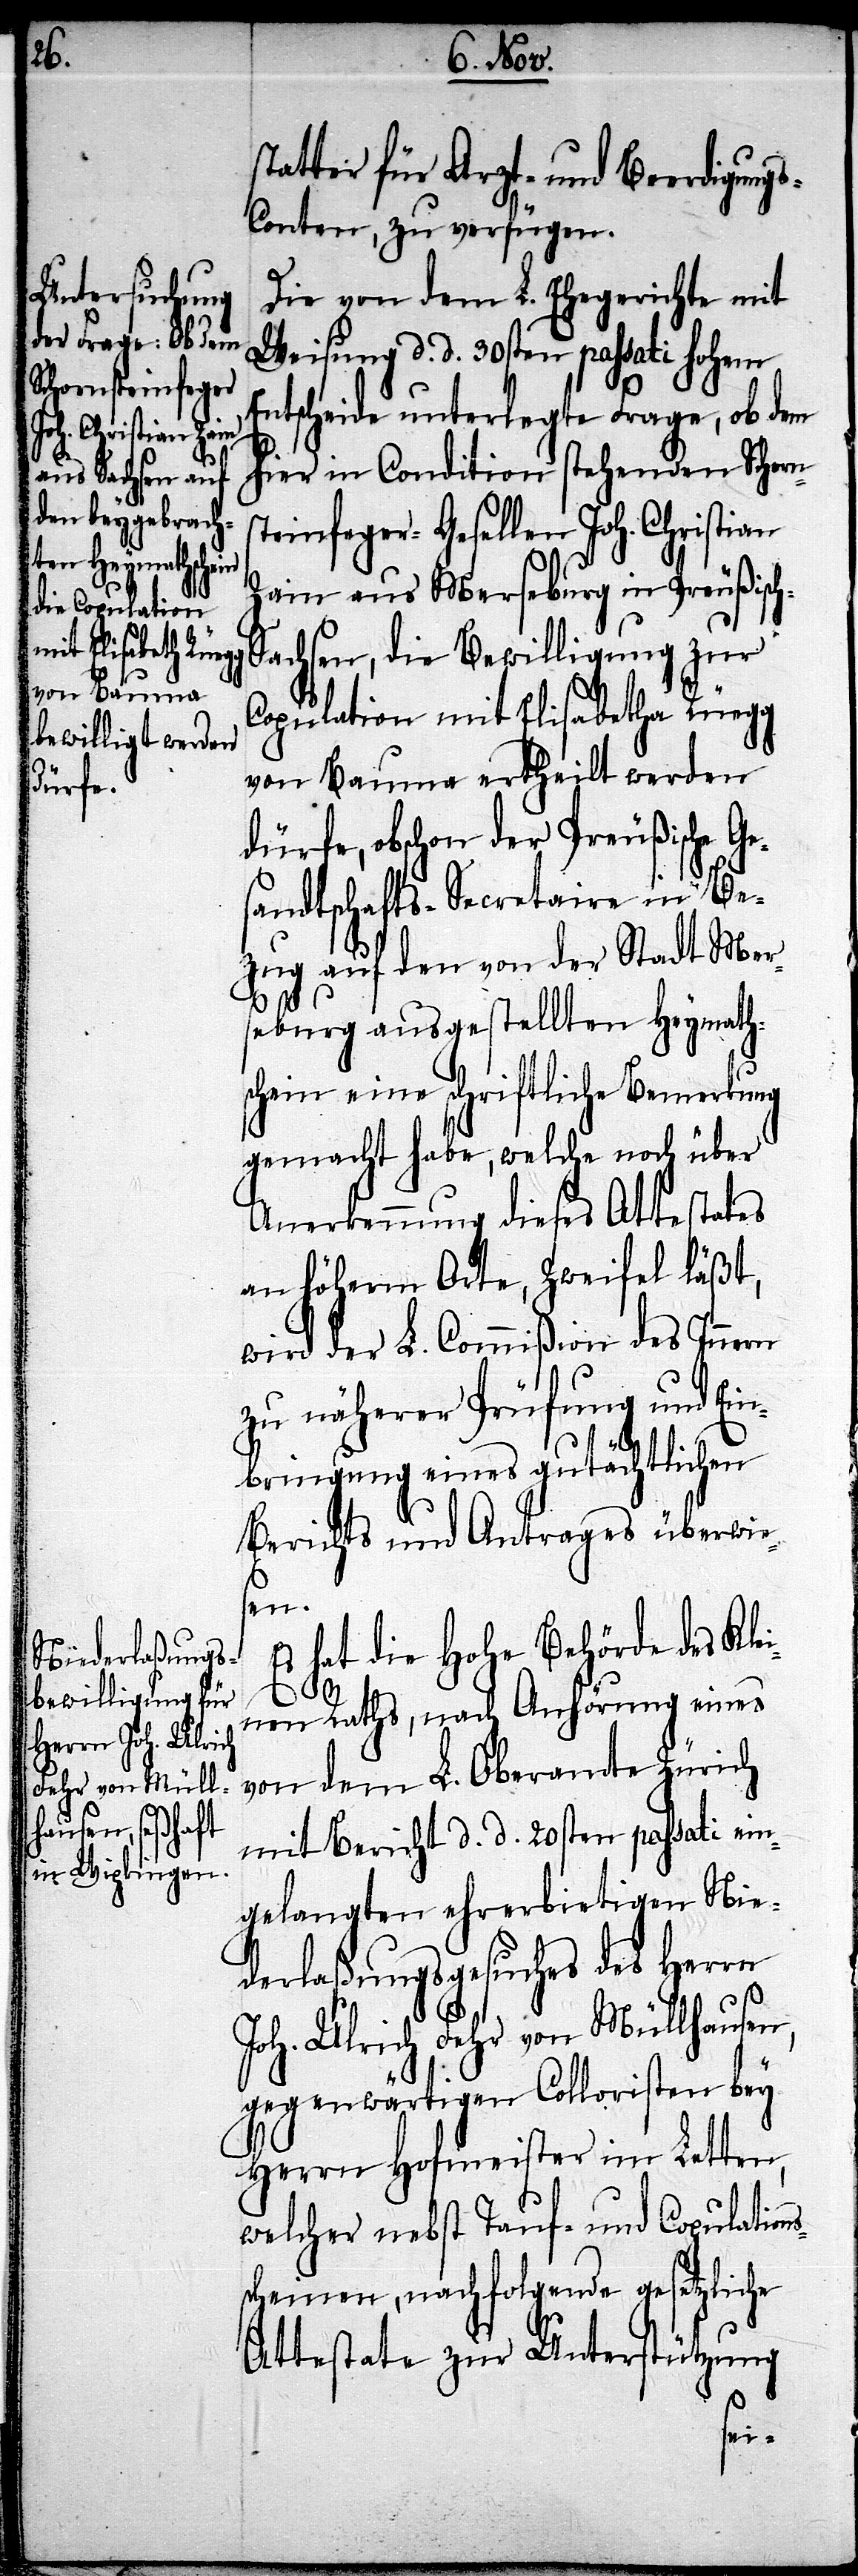
statter für Arzt- und Beerdigung¬
s-Conten, zu verfügen.
Die von dem L. Ehegerichte mit
Weisung d. d. 30sten passati Hohem
Entscheide unterlegte Frage, ob dem
hier in Condition stehenden Schorns¬
teinfeger-Gesellen Joh. Christian
Zain aus Merseburg in Preußisc¬
achsen, die Bewilligung zur
Copulation mit Elisabetha Rüegg
von Bauma ertheilt werden
dürfe, obschon der Preußische Ge¬
sandtschafts-Secretaire in Be¬
zug auf den von der Stadt Mer¬
seburg ausgestellten Heymath¬
schein eine schriftliche Bemerkung
gemacht habe, welche noch über
Anerkennung dieses Attestates
an Höherem Orte, Zweifel läßt,
wird der L. Commißion des Innern
zu näherer Prüfung und Ein¬
bringung eines gutächtlichen
Berichts und Antrages überwie¬
sen.
Es hat die Hohe Behörde des Klei¬
s¬
nen Raths, nach Anhörung eines
von dem L. Oberamte Zürich
mit Bericht d. d. 20sten passati ein¬
gelangten ehrerbietigen Nie¬
derlaßungsgesuches des Herrn
Joh. Ulrich Fehr von Müllhausen,
gegenwärtigen Colloristen bey
Herrn Hofmeister im Letten,
welcher nebst Tauf- und Copulation¬
scheinen, nachfolgende gesetzliche
Attestate zur Unterstützung
h-S¬